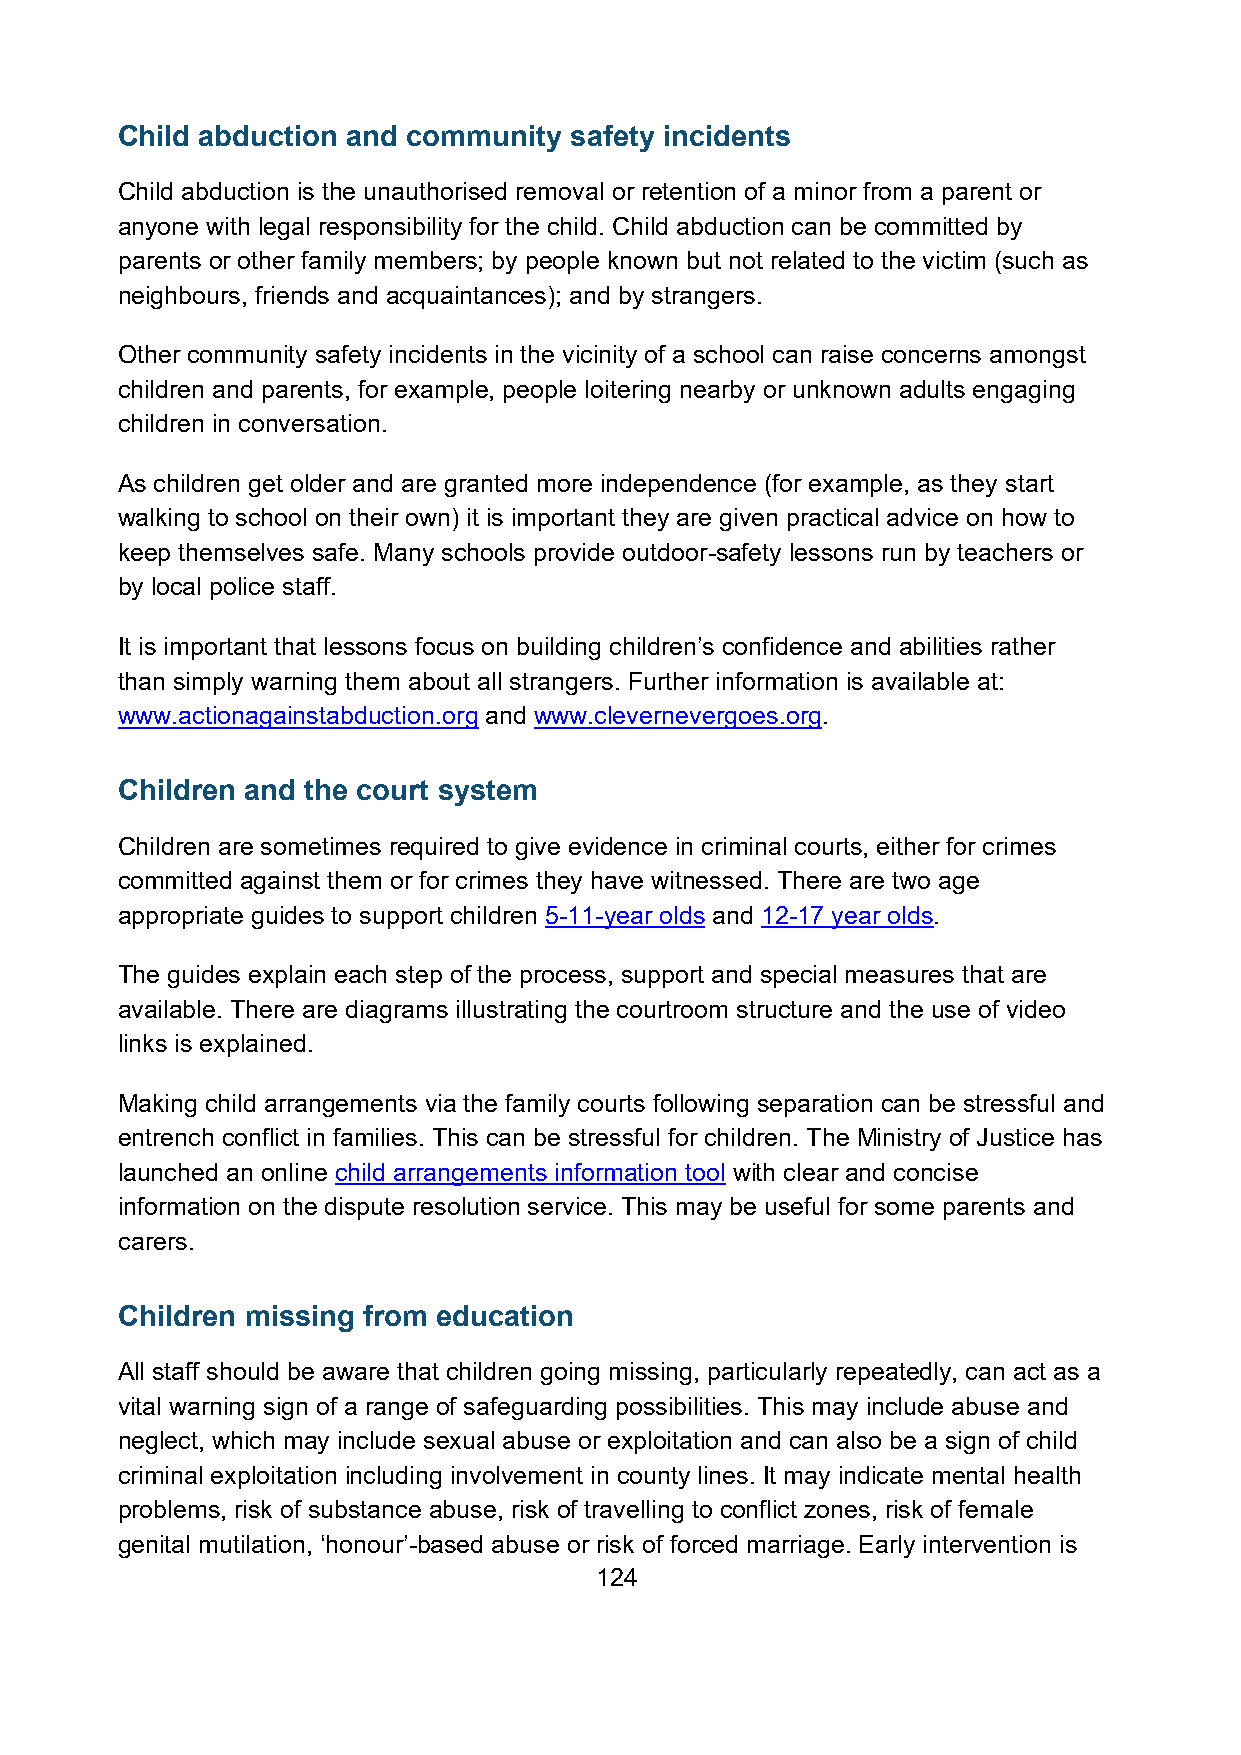
Child abduction and community safety incidents
 Child abduction is the unauthorised removal or retention of a minor from a parent or
 anyone with legal responsibility for the child. Child abduction can be committed by
 parents or other family members; by people known but not related to the victim (such as
 neighbours, friends and acquaintances); and by strangers.
 Other community safety incidents in the vicinity of a school can raise concerns amongst
 children and parents, for example, people loitering nearby or unknown adults engaging
 children in conversation.
 As children get older and are granted more independence (for example, as they start
 walking to school on their own) it is important they are given practical advice on how to
 keep themselves safe. Many schools provide outdoor-safety lessons run by teachers or
 by local police staff.
 It is important that lessons focus on building children’s confidence and abilities rather
 than simply warning them about all strangers. Further information is available at:
 www.actionagainstabduction.org and www.clevernevergoes.org.
 Children and the court system
 Children are sometimes required to give evidence in criminal courts, either for crimes
 committed against them or for crimes they have witnessed. There are two age
 appropriate guides to support children 5-11-year olds and 12-17 year olds.
 The guides explain each step of the process, support and special measures that are
 available. There are diagrams illustrating the courtroom structure and the use of video
 links is explained.
 Making child arrangements via the family courts following separation can be stressful and
 entrench conflict in families. This can be stressful for children. The Ministry of Justice has
 launched an online child arrangements information tool with clear and concise
 information on the dispute resolution service. This may be useful for some parents and
 carers.
 Children missing from education
 All staff should be aware that children going missing, particularly repeatedly, can act as a
 vital warning sign of a range of safeguarding possibilities. This may include abuse and
 neglect, which may include sexual abuse or exploitation and can also be a sign of child
 criminal exploitation including involvement in county lines. It may indicate mental health
 problems, risk of substance abuse, risk of travelling to conflict zones, risk of female
 genital mutilation, ‘honour’-based abuse or risk of forced marriage. Early intervention is
 124